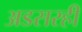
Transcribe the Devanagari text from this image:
अडसरही